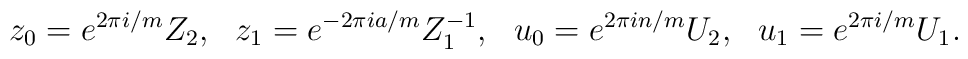
z_0=e^{2\pi i /m} Z_2,~~z_1=e^{-2\pi i a/m} Z_1^{-1},~~u_0=e^{2\pi i n/m} U_2,~~u_1=e^{2\pi i /m} U_1.